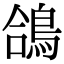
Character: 鴿